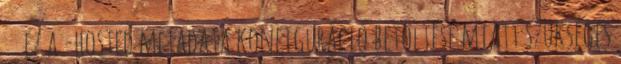
ez a -hosted metadata konfiguráció betöltése miatt szükséges